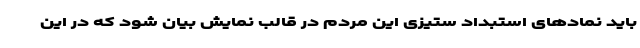
باید نمادهای استبداد ستیزی این مردم در قالب نمایش بیان شود که در این